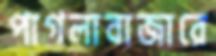
পাগলাবাজারে